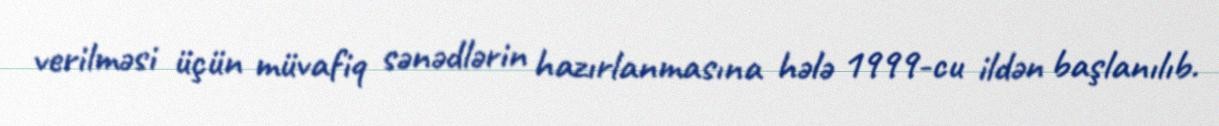
verilməsi üçün müvafiq sənədlərin hazırlanmasına hələ 1999-cu ildən başlanılıb.